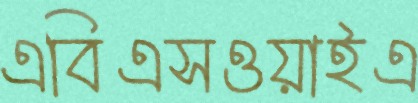
এবিএসওয়াইএ